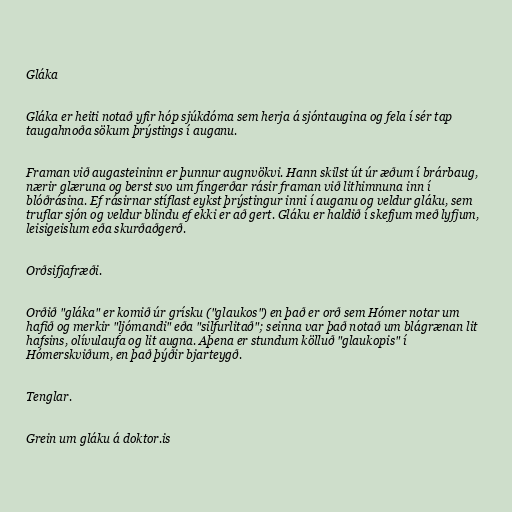
Gláka

Gláka er heiti notað yfir hóp sjúkdóma sem herja á sjóntaugina og fela í sér tap
taugahnoða sökum þrýstings í auganu.

Framan við augasteininn er þunnur augnvökvi. Hann skilst út úr æðum í brárbaug,
nærir glæruna og berst svo um fíngerðar rásir framan við lithimnuna inn í
blóðrásina. Ef rásirnar stíflast eykst þrýstingur inni í auganu og veldur gláku, sem
truflar sjón og veldur blindu ef ekki er að gert. Gláku er haldið í skefjum með lyfjum,
leisigeislum eða skurðaðgerð.

Orðsifjafræði.

Orðið "gláka" er komið úr grísku ("glaukos") en það er orð sem Hómer notar um
hafið og merkir "ljómandi" eða "silfurlitað"; seinna var það notað um blágrænan lit
hafsins, olívulaufa og lit augna. Aþena er stundum kölluð "glaukopis" í
Hómerskviðum, en það þýðir bjarteygð.

Tenglar.

Grein um gláku á doktor.is